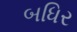
બધિર